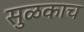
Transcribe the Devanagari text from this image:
सुळकाच